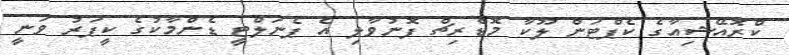
ކްރޮއޭޝިއާގެ ކެޕްޓަން ލޫކާ މޮޑްރިޗް ފޮނުވާލި އެ ޕެނަލްޓީ ޑެންމާކުގެ ކީޕަރު ވަނީ